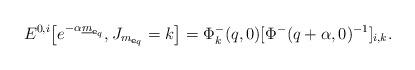
LaTeX: \begin{align*}{E}^{0,i}\big[e^{- \alpha\underline{m}_{\mathbf{e}_q} }, J_{{m}_{\mathbf{e}_q}} = k\big] =\Phi^-_k(q,0)[ \Phi^-(q+\alpha,0)^{-1}]_{i,k}.\end{align*}